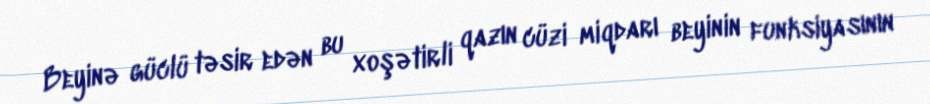
Beyinə güclü təsir edən bu xoşətirli qazın cüzi miqdarı beyinin funksiyasının